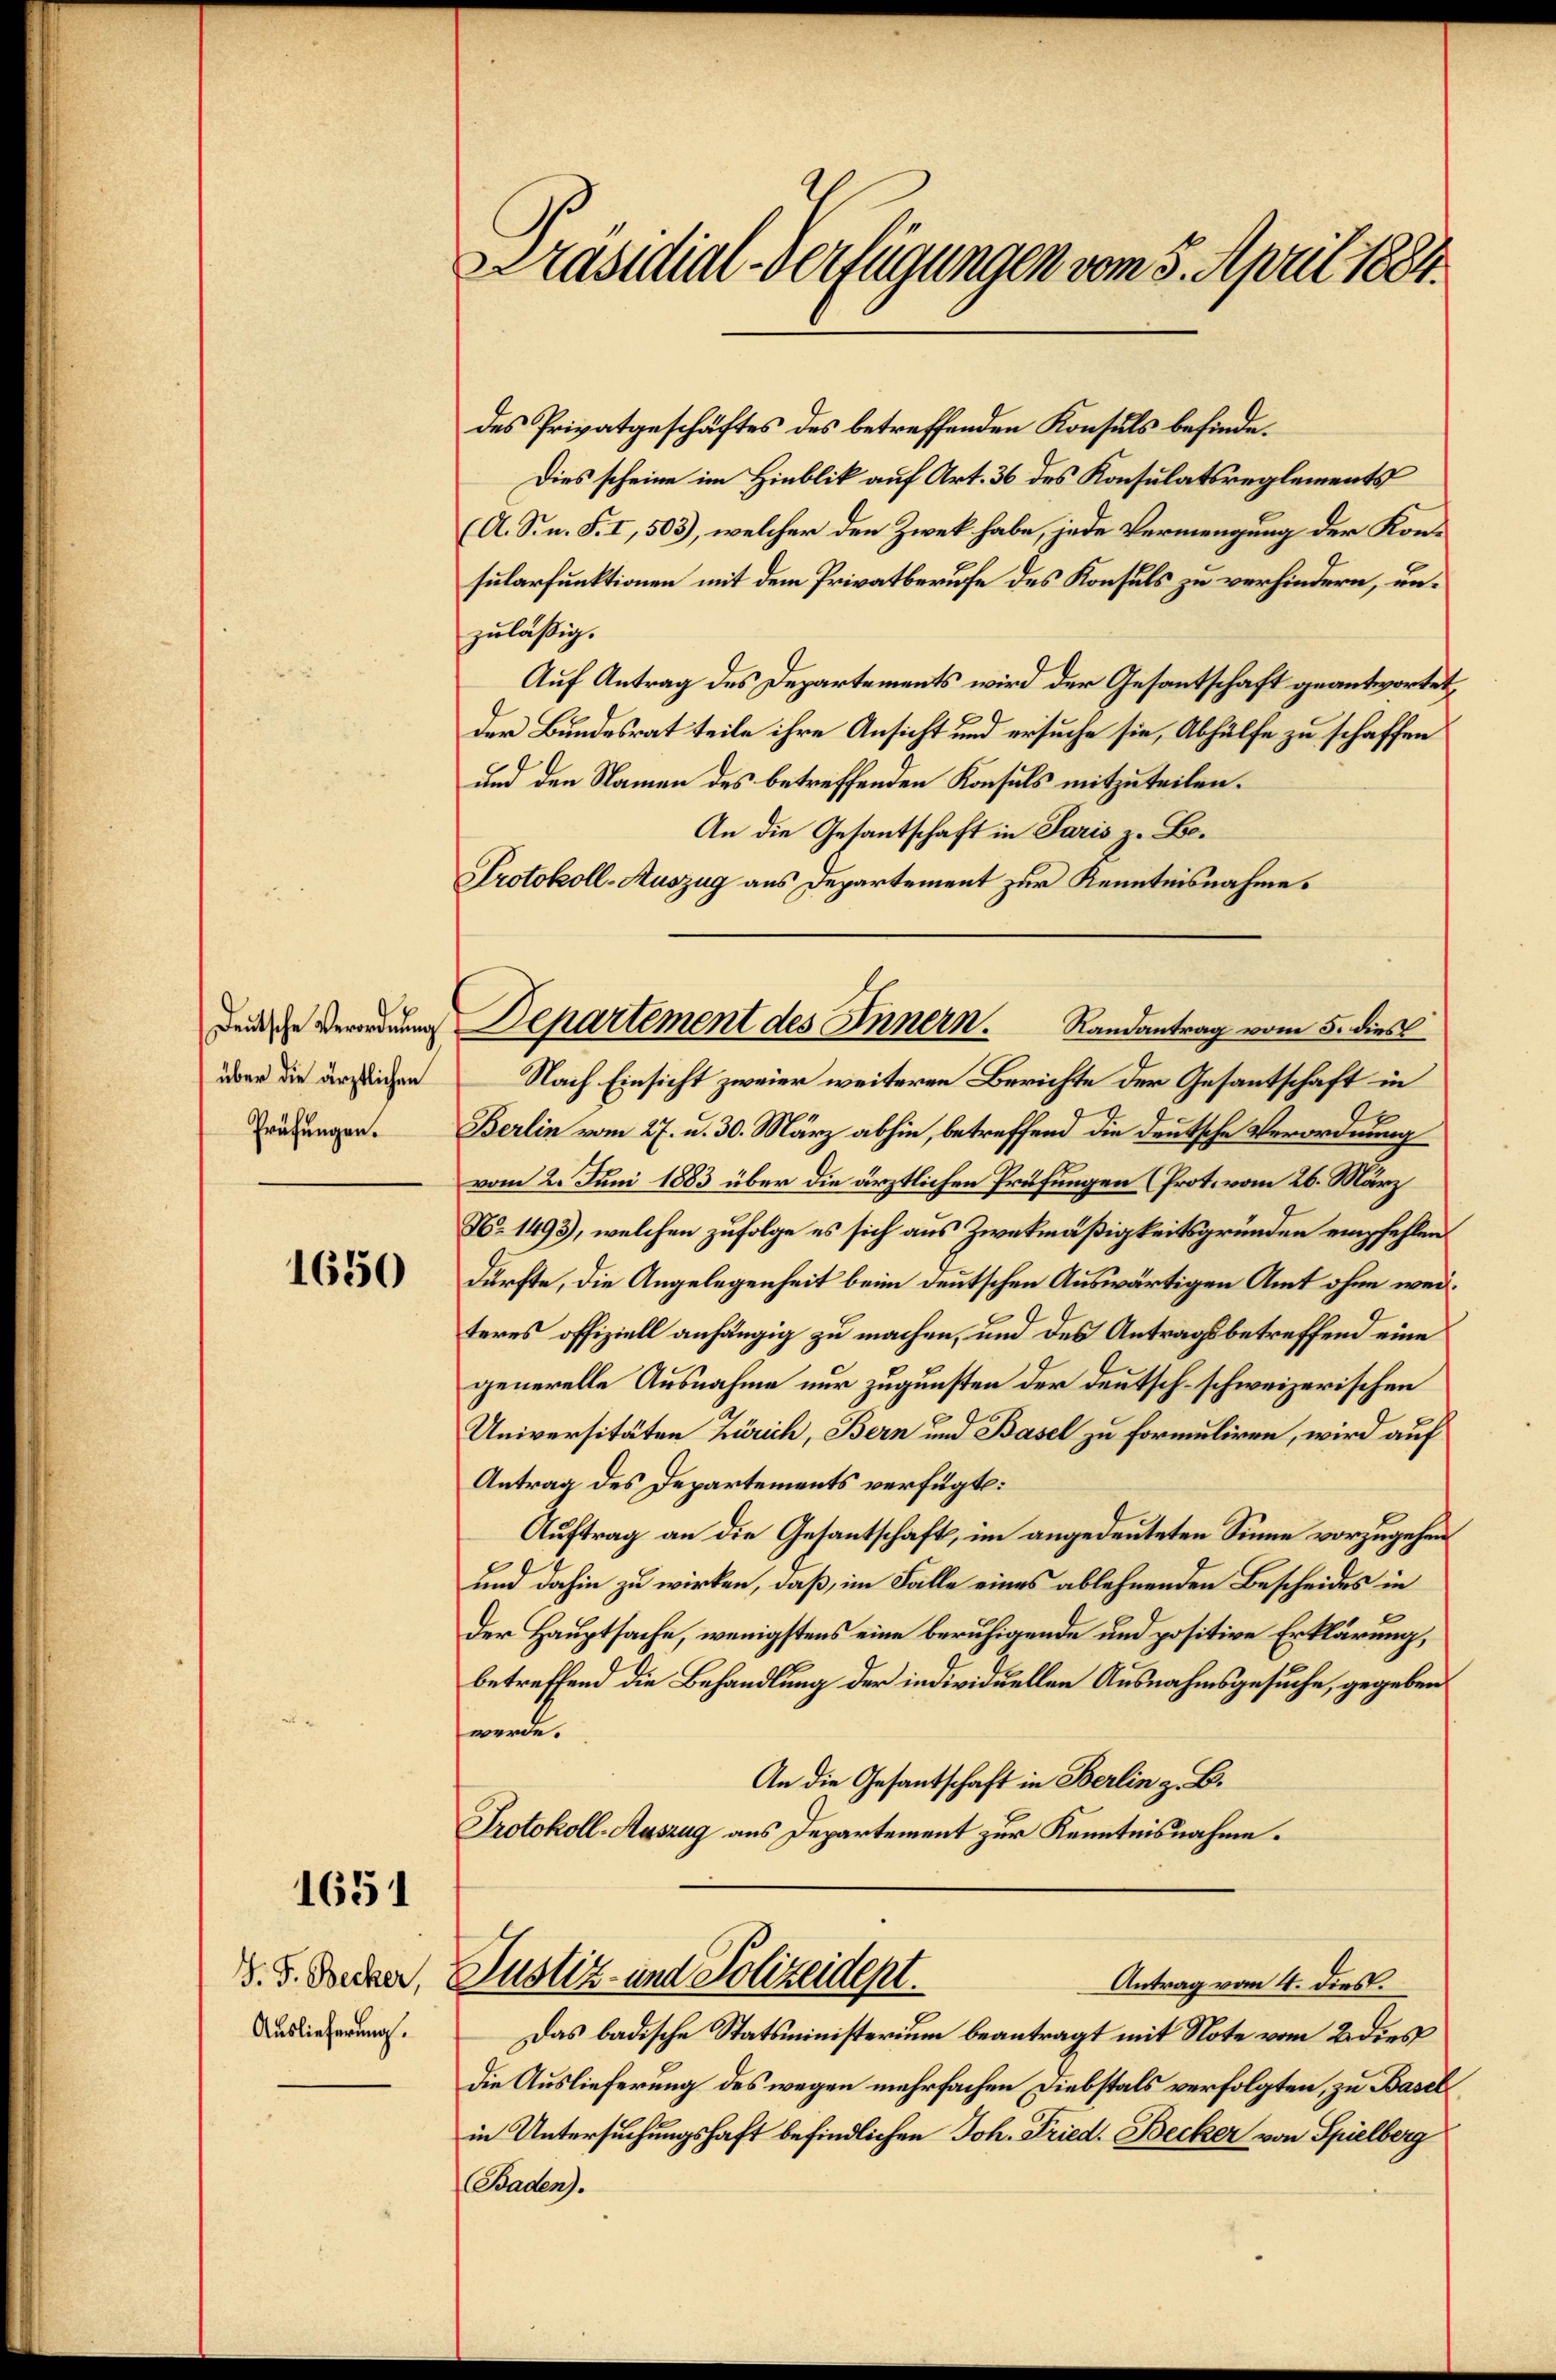
über die ärztlichen
Prüfungen.

1650

1651

J. F. Becker,
Auslieferung.

des Privatgeschäftes des betreffenden Konsuls befinde.
Dies scheine im Hinblik auf Art. 36 des Konsulatsreglements
(A. S. n. F. I, 503), welcher den Zwek habe, jede Vermengung der Konsularfunktionen mit dem Privatberufe des Konsuls zu verhindern, unzuläßig.
Auf Antrag des Departements wird der Gesantschaft geantwortet,
Der Bundesrat teile ihre Ansicht und ersuche sie, Abhülfe zu schaffen
und den Namen des betreffenden Konsuls mitzuteilen.
An die Gesantschaft in Paris z. Bo¬
Protokoll-Auszug aus Departement zur Kenntnisnahme.
Nach Einsicht zweier weiteren Berichte der Gesantschaft in
Berlin vom 27. u. 30. März abhin, betreffend die deutsche Verordnung
vom 2. Juni 1883 über die ärztlichen Prüfungen (Prot. vom 26. März
No. 1493), welchen zufolge es sich aus Zwekmäßigkeitsgründen empfehlen.
dürfte, die Angelegenheit beim deutschen Auswärtigen Amt ohne weiteres offiziell anhängig zu machen, und des Antragsbetreffend eine
generelle Ausnahme nur zugunsten der Deutsch-schweizerischen
Universitäten Zürich, Bern und Basel zu formuliren, wird auf
Antrag des Departements verfügte:
Auftrag an die Gesantschaft, im angedeuteten Sinne vorzugehen
und dahin zu wirken, daß, im Falle eines ablehnenden Bescheides in
Der Hauptsache, wenigstens eine beruhigende und positive Erklärung,
betreffend die Behandlung der individuellen Ausnahmsgesuche, gegeben
werde.
An die Gesantschaft in Berlin z. B.
Protokoll-Auszug aus Departement zur Kenntnisnahme.

Präsidial-Verfügungen vom 5. April 1884.

densche Vernung Departement des Innern.
Randantrag vom 5. dies

Justiz- und Polizeidept.
Antrag vom 4. dies.

Das badische Statsministerium beantragt mit Note vom 2 dies
die Auslieferung des wegen mehrfachen Diebstals verfolgten, zu Basel
in Untersuchungshaft befindlichen Joh. Fried. Becker von Spielberg
Baden).